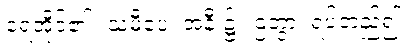
ရေအိုင်၏။ သမီပေ၊ အနီး၌။ ဌတွာ၊ ရပ်တည်၍။